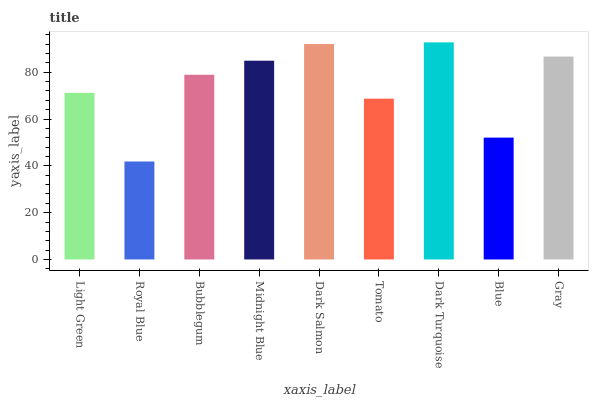
| xaxis_label | bars |
 | --- | --- |
 | Light Green | 71.2 |
 | Royal Blue | 41.9 |
 | Bubblegum | 78.9 |
 | Midnight Blue | 84.9 |
 | Dark Salmon | 92 |
 | Tomato | 68.7 |
 | Dark Turquoise | 92.7 |
 | Blue | 52.1 |
 | Gray | 86.7 |